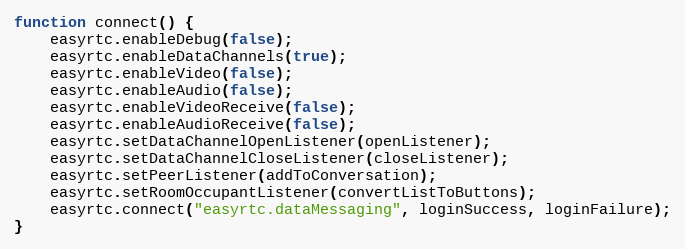
Language: JavaScript
function connect() {
    easyrtc.enableDebug(false);
    easyrtc.enableDataChannels(true);
    easyrtc.enableVideo(false);
    easyrtc.enableAudio(false);
    easyrtc.enableVideoReceive(false);
    easyrtc.enableAudioReceive(false);
    easyrtc.setDataChannelOpenListener(openListener);
    easyrtc.setDataChannelCloseListener(closeListener);
    easyrtc.setPeerListener(addToConversation);
    easyrtc.setRoomOccupantListener(convertListToButtons);
    easyrtc.connect("easyrtc.dataMessaging", loginSuccess, loginFailure);
}